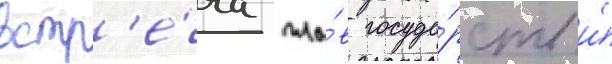
встр'е́ча гла́в госуда́рств и́